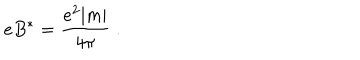
e B ^ { * } = \frac { e ^ { 2 } | m | } { 4 \pi } \; .